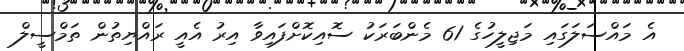
އެ މައްސަލަގައި މަޖިލީހުގެ 61 މެންބަރަކު ސޮއިކޮށްފައިވާ އިރު އެއީ ރައްޔިތުން ތަމްސީލް